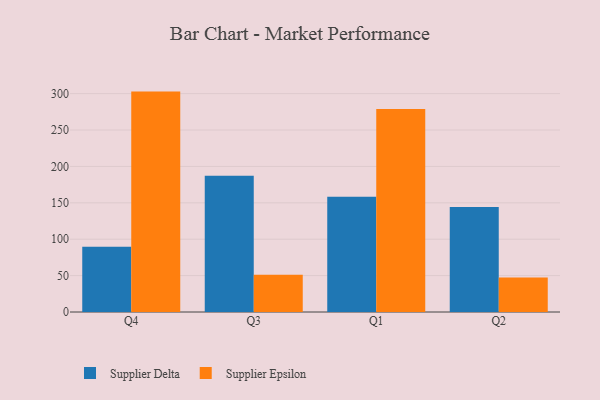
{"axis": {"x": "Quarter", "y": "Conversion Rate (%)"}, "legend": ["Supplier Delta", "Supplier Epsilon"], "data": [{"x": "Q4", "y": 89.5, "type": "Supplier Delta"}, {"x": "Q4", "y": 302.8, "type": "Supplier Epsilon"}, {"x": "Q3", "y": 187.3, "type": "Supplier Delta"}, {"x": "Q3", "y": 51.2, "type": "Supplier Epsilon"}, {"x": "Q1", "y": 158.4, "type": "Supplier Delta"}, {"x": "Q1", "y": 278.9, "type": "Supplier Epsilon"}, {"x": "Q2", "y": 144.3, "type": "Supplier Delta"}, {"x": "Q2", "y": 47.3, "type": "Supplier Epsilon"}]}